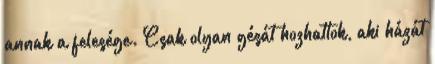
annak a felesége. Csak olyan gésát hozhattok, aki házát